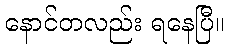
နောင်တလည်း ရနေပြီ။